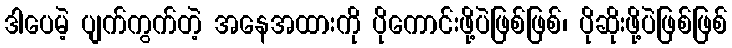
ဒါပေမဲ့ ပျက်ကွက်တဲ့ အနေအထားကို ပိုကောင်းဖို့ပဲဖြစ်ဖြစ်၊ ပိုဆိုးဖို့ပဲဖြစ်ဖြစ်